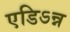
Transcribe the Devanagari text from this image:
एडिऽन्न